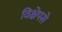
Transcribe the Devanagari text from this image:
विक्षेपसे